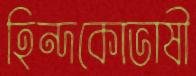
হিন্দকোভাষী